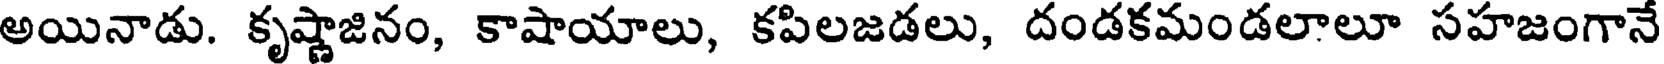
అయినాడు. కృష్ణాజినం, కాషాయాలు, కపిలజడలు, దండకమండలాలూ సహజంగానే